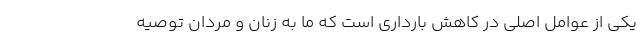
یکی از عوامل اصلی در کاهش بارداری است که ما به زنان و مردان توصیه